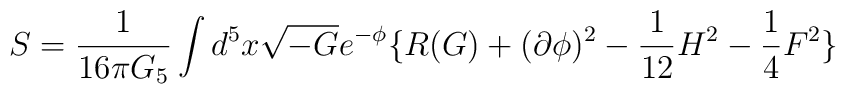
S = \frac{1}{16 \pi G_{5}} \int d^{5}x \sqrt{-G} e^{-\phi}\lbrace R(G) +  (\partial \phi)^{2} - \frac{1}{12} H^{2} -\frac{1}{4}F^{2} \rbrace